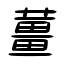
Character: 薑